Lunatic asylums Bombay report 1891-1903 - 1891-1903
Year: 1891
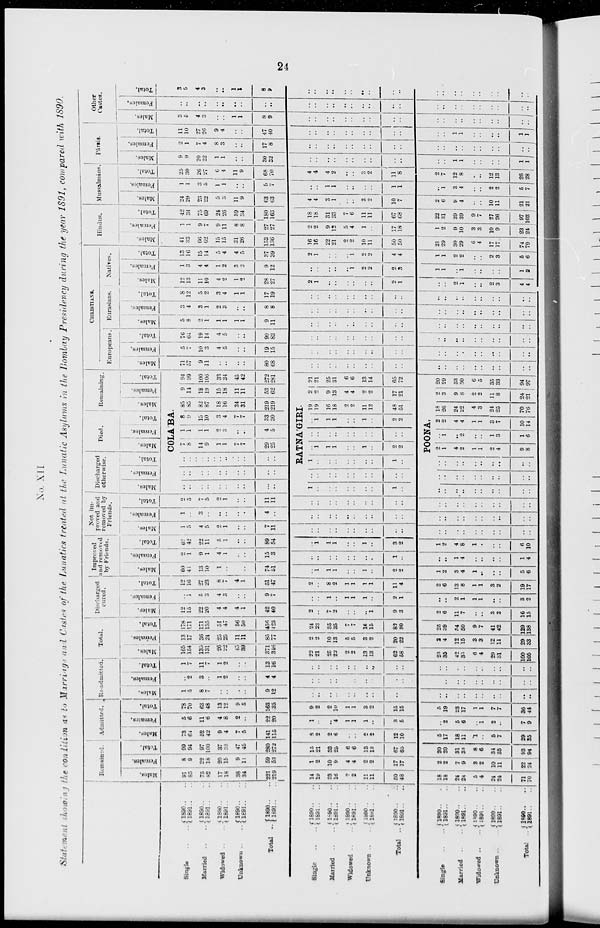
24
No. XII.
Statement showing the condition as to Marriage and Castes of the Lunatics treated at the Lunatic Asylums in the Bombay Presidency during the year 1891, compared with 1890.
Single .. ..
Married .. ..
Widowed .. ..
Unknown .. ..
Total ..
Single .. ..
Married .. ..
Widowed .. ..
Unknown .. ..
Total ..
Single .. ..
Married .. ..
widowed .. ..
Unknown ..
..
Total ..
1890 . . ..
1891 .. ..
1890 .. ..
1891 .. ..
1890 .. ..
1891 .. ..
1890 . . ..
1891 . . ..
1890 . . ..
1891 . . ..
1890 .. ..
1891 .. ..
1890 .. ..
1891 .. ..
1890 .. ..
1891 .. ..
1890 .. ..
1891 .. ..
1890 .. ..
1891 .. ..
1890 .. ..
1891 . . ..
1890.. ..
1891 . . ..
1890 .. ..
1891 .. ..
1890 . . ..
1891.. ..
1890 .. ..
1891 .. ..
Remained.
Males.
91
85
75
82
17
18
38
34
221
219
14
19
23
16
2
2
11
11
50
48
18
18
24
24
5
4
24
24
71
70
Females.
8
9
22
18
20
15
9
11
59
53
1
2
10
9
4
4
2
2
17
17
2
2
7
9
3
2
10
11
22
24
Total.
99
94
97
100
37
33
47
45
280
272
15
21
33
25
6
6
13
13
67
65
20
20
31
33
8
6
34
35
93
94
Admitted.
Males.
73
64
52
42
9
4
7
5
141
115
8
2
2
6
..
..
2
2
12
10
5
17
18
11
1
..
5
7
29
35
Females.
5
6
11
6
4
8
2
..
22
20
1
..
..
4
1
1
1
1
3
5
..
2
5
6
..
1
2
..
7
9
Total.
78
70
63
48
13
12
9
5
163
135
9
2
2
10
1
1
3
3
15
15
5
19
23
17
1
1
7
7
36
44
Re-admitted.
Males.
1
5
8
7
..
..
..
..
9
12
..
..
..
..
..
..
..
..
..
..
..
..
..
..
..
..
..
..
..
..
Females.
..
2
3
..
1
2
..
..
4
4
..
..
..
..
..
..
..
..
..
..
..
..
..
..
..
..
..
..
..
..
Total.
1
7
11
7
1
2
..
..
13
16
..
..
..
..
..
..
..
..
..
..
..
..
..
..
..
..
..
..
..
..
Total.
Males.
165
154
135
131
26
22
45
39
371
346
22
21
25
22
2
2
13
13
62
58
23
35
42
35
6
4
29
31
100
105
Females.
13
17
36
24
25
25
11
11
85
77
2
2
10
13
5
5
3
2
20
22
2
4
12
15
3
3
12
11
29
33
Total.
178
171
171
155
51
47
56
50
456
423
24
23
35
35
7
7
16
15
82
80
25
39
54
50
9
7
41
42
129
138
Discharged
cured.
Males.
12
15
22
20
4
4
4
1
42
40
2
..
7
2
..
..
..
1
9
3
2
6
11
7
..
..
3
2
16
15
Females.
..
1
5
3
4
3
..
..
9
7
..
..
1
..
1
1
1
..
2
1
..
..
2
1
1
1
..
..
3
2
Total.
12
16
27
23
8
7
4
1
51
47
2
..
8
2
1
1
1
1
11
4
2
6
13
8
1
1
3
2
19
17
Improved
and removed
by Friends.
Males.
60
41
13
10
1
..
..
..
74
51
..
1
1
1
..
..
1
..
2
2
1
2
3
4
1
..
..
..
5
6
Females.
2
1
9
1
4
1
..
..
15
3
..
..
..
..
..
..
..
..
1
..
..
..
1
4
..
..
..
..
1
4
Total.
62
42
22
11
5
1
..
..
89
54
..
1
1
1
..
..
1
..
3
2
1
2
4
8
1
..
..
..
6
10
Not im-
proved and
removed by
Friends.
Males.
1
5
4
5
2
1
..
..
7
11
..
..
..
..
..
..
..
..
..
..
..
..
..
..
..
..
..
..
..
..
Females.
1
..
3
..
..
..
..
..
4
..
..
..
..
..
..
..
..
..
..
..
..
..
..
..
..
..
..
..
..
..
Total.
2
5
7
5
2
1
..
..
11
11
..
..
..
..
..
..
..
..
..
..
..
..
..
..
..
..
..
..
..
..
Discharged
otherwise.
Males.
..
..
..
..
..
..
..
..
..
..
1
..
..
..
..
..
..
..
1
..
..
..
..
..
..
..
..
..
..
..
Females.
..
..
..
..
..
..
..
..
..
..
..
..
..
..
..
..
..
..
..
..
..
..
..
..
..
..
..
..
..
..
Total.
..
..
..
..
..
..
..
..
..
..
Died.
Males.
Females.
Total.
Remaining.
Males.
COLÁBA.
7
8
14
9
1
1
7
7
29
25
1
1
1
1
2
3
..
..
4
5
8
9
15
10
3
4
7
7
33
30
85
85
82
87
18
16
34
31
219
219
RATNÁGIRI.
1
..
..
..
..
..
..
..
1
..
..
1
1
1
..
..
1
..
2
2
..
..
..
..
..
..
..
..
..
..
..
1
1
1
..
..
1
..
2
2
POONA.
..
..
..
..
..
..
..
..
..
..
2
1
4
2
1
1
2
4
9
8
..
1
..
2
..
..
1
3
1
6
2
2
4
4
1
1
3
7
10
14
19
19
16
18
2
2
11
12
48
51
18
26
24
22
4
3
24
25
70
76
Females.
9
14
18
19
15
18
11
11
53
62
2
2
9
13
4
4
2
2
17
21
2
3
9
8
2
2
11
8
24
21
Total.
94
99
100
106
33
34
45
42
272
281
21
21
25
31
6
6
13
14
65
72
20
29
33
30
6
5
35
33
94
97
CHRISTIANS.
Europeans
Males.
71
57
9
11
..
..
..
..
80
68
..
..
..
..
..
..
..
..
..
..
..
..
..
..
..
..
..
..
..
..
Females.
5
7
10
3
4
5
..
..
19
15
..
..
..
..
..
..
..
..
..
..
..
..
..
..
..
..
..
..
..
..
Total.
76
64
19
14
4
5
..
..
99
83
..
..
..
..
..
..
..
..
..
..
..
..
..
..
..
..
..
..
..
..
Eurasians.
Males.
5
8
2
1
1
1
1
1
9
11
..
..
..
..
..
..
..
..
..
..
..
..
..
..
..
..
..
..
..
..
Females.
3
4
3
1
2
3
..
..
8
8
..
..
..
..
..
..
..
..
..
..
..
..
..
..
..
..
..
..
..
..
Total.
8
12
5
2
3
4
1
1
17
19
..
..
..
..
..
..
..
..
..
..
..
..
..
..
..
..
..
..
..
..
Natives.
Males.
12
13
11
10
4
2
1
2
28
27
2
1
..
..
..
..
..
..
2
1
..
..
2
1
..
..
2
3
4
4
Females.
1
3
4
4
1
2
3
3
9
12
..
..
..
..
..
1
2
2
2
3
1
1
..
1
..
..
..
..
1
2
Total.
13
16
15
14
5
4
4
5
37
39
2
1
..
..
..
1
2
2
4
4
1
1
2
2
..
..
2
3
5
6
Hindus.
Males.
41
33
66
62
15
15
31
26
153
136
16
16
22
21
2
2
10
11
50
50
21
29
30
29
6
4
17
17
74
79
Females.
1
1
9
7
9
11
8
8
27
27
2
2
9
12
5
4
1
..
17
18
1
2
9
10
3
3
10
9
23
24
Total.
42
34
75
69
24
26
39
34
180
163
18
18
31
33
7
6
11
11
67
68
22
31
39
39
9
7
27
26
97
103
Mussalmáns.
Males.
24
29
23
22
5
3
11
9
63
63
4
4
3
1
..
..
3
2
10
7
2
6
9
4
..
..
10
11
21
21
Females.
1
1
3
5
1
1
..
..
5
7
..
..
1
1
..
..
..
..
1
1
..
1
3
4
..
..
2
2
5
7
Total.
25
30
26
27
6
4
11
9
68
70
4
4
4
2
..
..
3
2
11
8
2
7
12
8
..
..
12
13
26
28
Pársis.
Males.
9
9
20
22
1
1
..
..
30
32
..
..
..
..
..
..
..
..
..
..
1
1
..
..
..
..
1
1
Females.
2
1
7
4
8
3
..
..
17
8
..
..
..
..
..
..
..
..
..
..
..
..
..
..
..
..
..
..
Total.
11
10
27
26
9
4
..
..
47
40
..
..
..
..
..
..
..
..
..
..
1
1
..
..
..
..
1
1
Other
Castes.
Males.
3
5
4
3
..
..
1
1
8
9
..
..
..
..
..
..
..
..
..
..
..
..
..
..
..
..
..
..
Females.
..
..
..
..
..
..
..
..
..
..
..
..
..
..
..
..
..
..
..
..
..
..
..
..
..
..
..
..
Total.
3
5
4
3
..
..
1
1
8
9
..
..
..
..
..
..
..
..
..
..
..
..
..
..
..
..
..
..